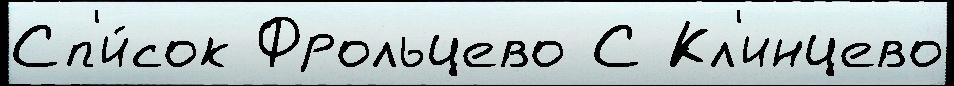
Сп'и́сок Фрольцево С Кл'инцево